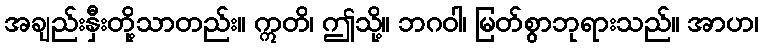
အချည်းနှီးတို့သာတည်း။ ဣတိ၊ ဤသို့။ ဘဂဝါ၊ မြတ်စွာဘုရားသည်။ အာဟ၊